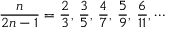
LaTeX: { \frac { n } { 2 n - 1 } } = { \frac { 2 } { 3 } } , \, { \frac { 3 } { 5 } } , \, { \frac { 4 } { 7 } } , \, { \frac { 5 } { 9 } } , \, { \frac { 6 } { 1 1 } } , \cdots